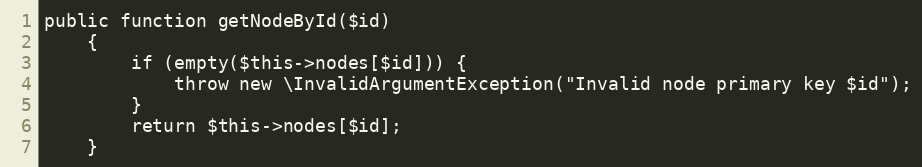
Language: PHP
public function getNodeById($id)
    {
        if (empty($this->nodes[$id])) {
            throw new \InvalidArgumentException("Invalid node primary key $id");
        }
        return $this->nodes[$id];
    }